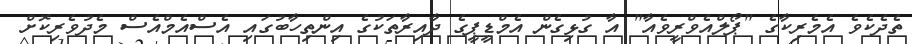
ތެދެކެވެ އެމެރިކާގެ "ޕޯލްއެވްރީވެއާ" އާ ގުޅިގެން އެމްޑީޕީގެ ދާއިރާތަކުގެ އިންތިހާބުގައި އެސްއެމްއެސް މެދުވެރިކޮށް